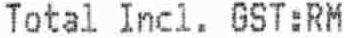
TOTAL INCL. GST:RM